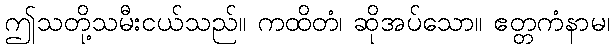
ဤသတို့သမီးငယ်သည်။ ကထိတံ၊ ဆိုအပ်သော။ ဧတ္တကံနာမ၊